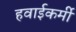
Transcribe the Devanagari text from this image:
हवाईकर्मी